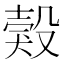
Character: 㺉